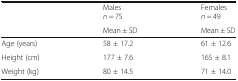
<table><thead><tr><td rowspan="2"></td><td><b>Males<i>n</i> = 75</b></td><td><b>Females<i>n</i> = 49</b></td></tr><tr><td><b>Mean ± SD</b></td><td><b>Mean ± SD</b></td></tr></thead><tbody><tr><td>Age (years)</td><td>58 ± 17.2</td><td>61 ± 12.6</td></tr><tr><td>Height (cm)</td><td>177 ± 7.6</td><td>165 ± 8.1</td></tr><tr><td>Weight (kg)</td><td>80 ± 14.5</td><td>71 ± 14.0</td></tr></tbody></table>